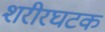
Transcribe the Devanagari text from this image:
शरीरघटक